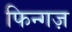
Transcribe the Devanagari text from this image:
फिन्गज़